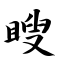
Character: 瞍